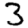
Digit: 3